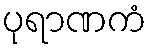
ပုရာဏကံ